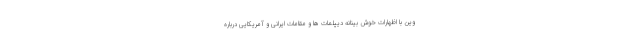
وین با اظهارات خوش بینانه دیپلمات ها و مقامات ایرانی و آمریکایی درباره